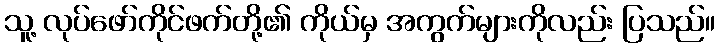
သူ့ လုပ်ဖော်ကိုင်ဖက်တို့၏ ကိုယ်မှ အကွက်များကိုလည်း ပြသည်။